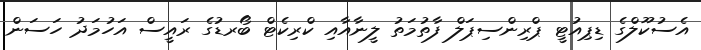
އެސުކޫލްގެ ޑިޕިއުޓީ ޕްރިންސިޕަލް ފާތުމަތު ލީނާއާއި ކްރިކެޓް ބޯރޑުގެ ރައީސް އަހުމަދު ހަސަން